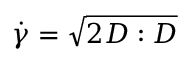
\dot { \gamma } = \sqrt { 2 \boldsymbol { D } : \boldsymbol { D } }